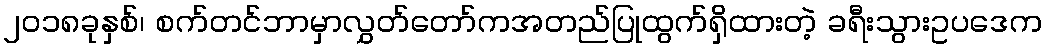
၂၀၁၈ခုနှစ်၊ စက်တင်ဘာမှာလွှတ်တော်ကအတည်ပြုထွက်ရှိထားတဲ့ ခရီးသွားဥပဒေက